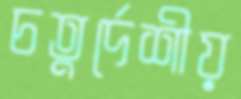
চতুর্দেশীয়